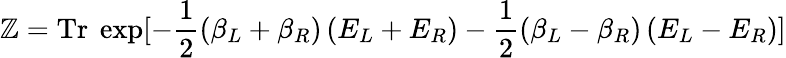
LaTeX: \mathbb{Z}=\mathrm{{Tr}}\ \exp[-\frac{1}{2}(\beta_{L}+\beta_{R})\left(E_{L}+E_{R}\right)-\frac{1}{2}(\beta_{L}-\beta_{R})\left(E_{L}-E_{R}\right)]